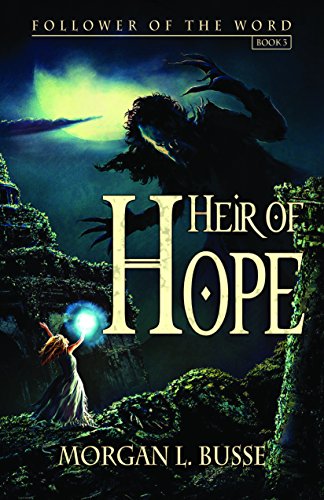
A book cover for Heir Of Hope (Follower of the Word); Morgan Busse; Christian Books & Bibles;